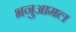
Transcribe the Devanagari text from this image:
भनुआमल